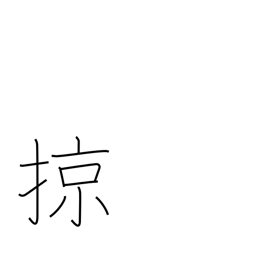
Meaning: sweep over